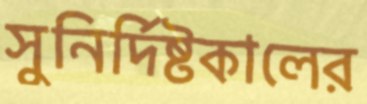
সুনির্দিষ্টকালের